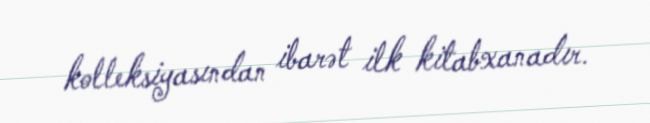
kolleksiyasından ibarət ilk kitabxanadır.